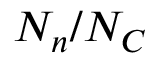
N _ { n } / N _ { C }